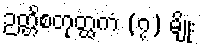
ဉတ္တိစတုတ္ထကံ (၇) မျိုး